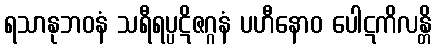
ရသာနုဘဝနံ သရီရပ္ပဋိဇဂ္ဂနံ ပဟီနောဝ ပေါဋကိလန္တိ